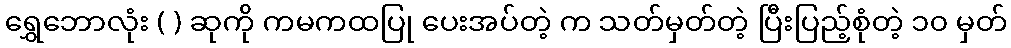
ရွှေဘောလုံး ( ) ဆုကို ကမကထပြု ပေးအပ်တဲ့ က သတ်မှတ်တဲ့ ပြီးပြည့်စုံတဲ့ ၁၀ မှတ်